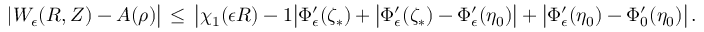
| W _ { \epsilon } ( R , Z ) - A ( \rho ) \bigr | \, \le \, \bigl | \chi _ { 1 } ( \epsilon R ) - 1 \bigr | \Phi _ { \epsilon } ^ { \prime } ( \zeta _ { * } ) + \bigl | \Phi _ { \epsilon } ^ { \prime } ( \zeta _ { * } ) - \Phi _ { \epsilon } ^ { \prime } ( \eta _ { 0 } ) \bigr | + \bigl | \Phi _ { \epsilon } ^ { \prime } ( \eta _ { 0 } ) - \Phi _ { 0 } ^ { \prime } ( \eta _ { 0 } ) \bigr | \, .